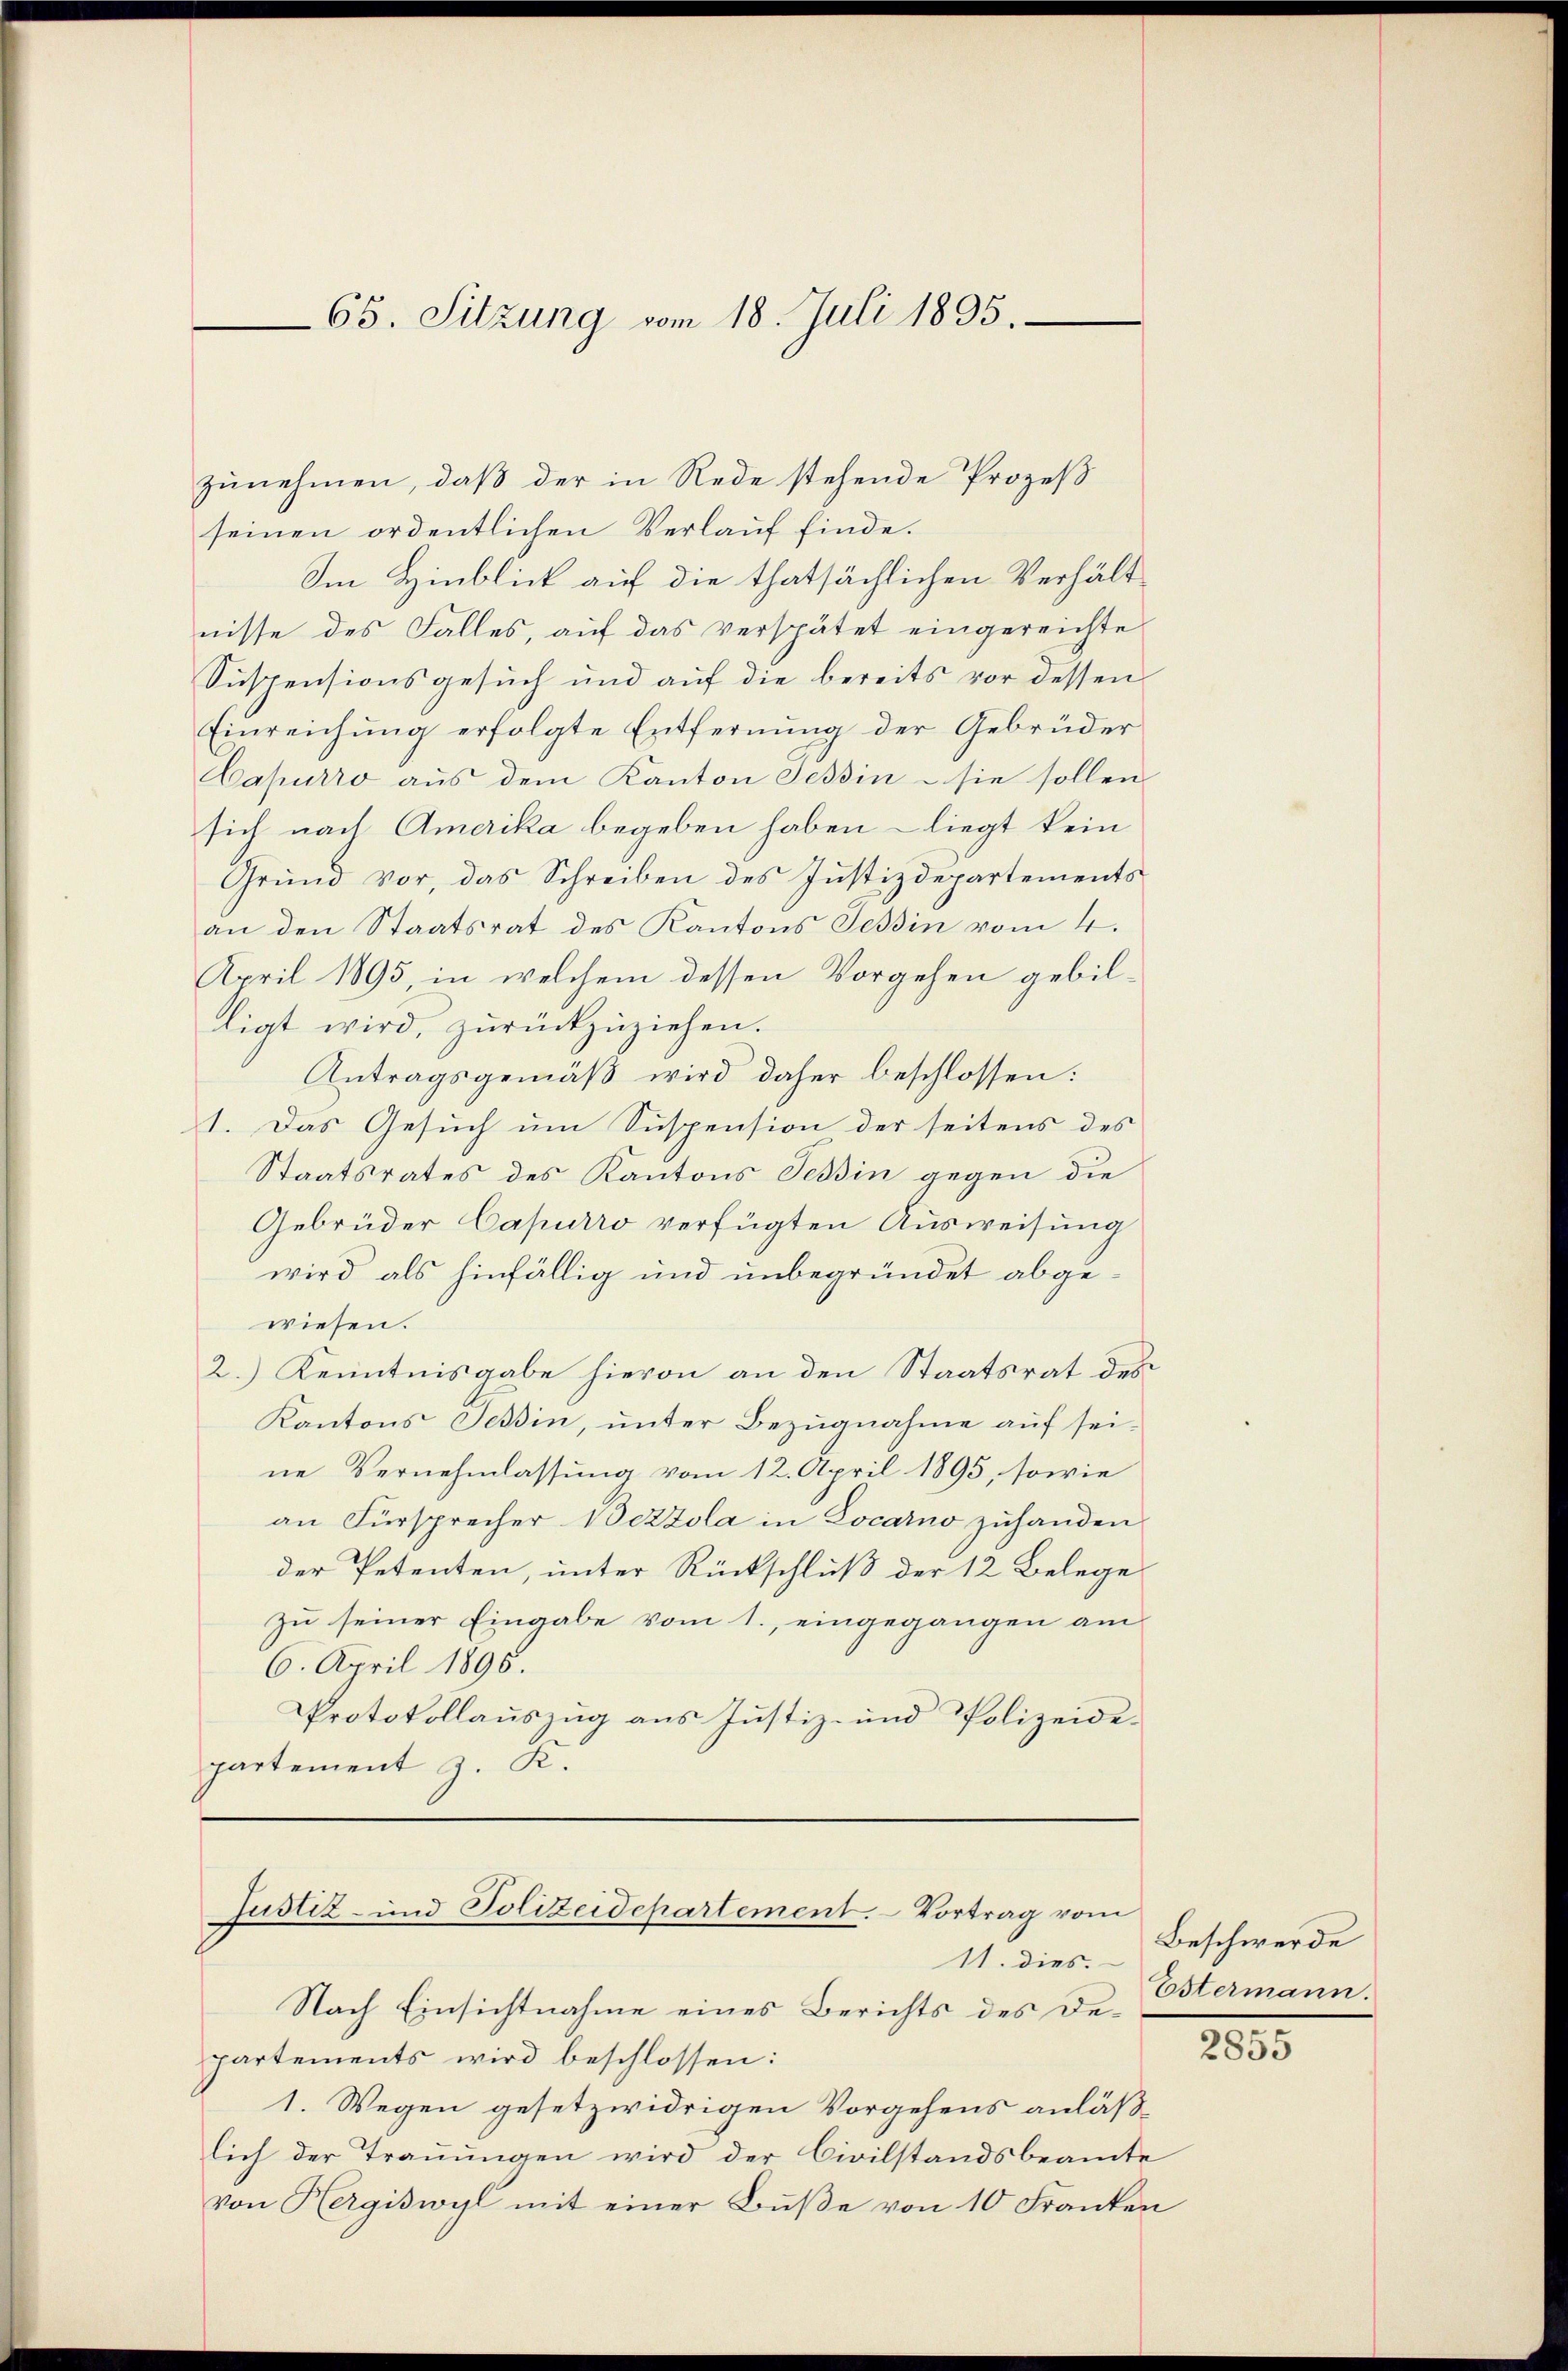
65. Sitzung vom 18. Juli 1895.

zunehmen, daß der in Rede stehende Prozeß
seinen ordentlichen Verlauf finde.
Im Hinblick auf die thatsächlichen Verhältnisse des Falles, auf das verspätet eingereichte
Suspensionsgesuch und auf die bereits vor dessen
Einreichung erfolgte Entfernung der Gebrüder
Capurro aus dem Kanton Tessin – sie sollen
sich nach Amerika begeben haben - liegt kein
Grund vor, das Schreiben des Justizdepartements
an den Staatsrat des Kantons Tessin vom 4.
April 1895, in welchem dessen Vorgehen gebilligt wird, zurückzuziehen.
Antragsgemäß wird daher beschlossen:
1. Das Gesuch um Suspension der seitens des
Staatsrates des Kantons Tessin gegen die
Gebrüder Capurro verfügten Ausweisung
wird als hinfällig und unbegründet abgewiesen.
2.) Kenntnisgabe hievon an den Staatsrat des
Kantons Tessin, unter Bezugnahme auf seine Vernehmlassung vom 12. April 1895, sowie
an Fürsprecher Bezzola in Locarno zuhanden
der Petenten, unter Rückschluß der 12 Belege
zu seiner Eingabe vom 1., eingegangen am
6. April 1895.
Protokollauszug aus Justiz- und Polizeide-
partement J. K.

Justiz- und Polizeidepartement. Vortrag vom
11. dies.

Nach Einsichtnahme eines Berichts des Departements wird beschlossen:
1. Wegen gesetzwidrigen Vorgehens anläßlich der Trauungen wird der Civilstandsbeamte
von Hergiswyl mit einer Bŭβe von 10 Franken

Beschwerde
Estermann.

2855